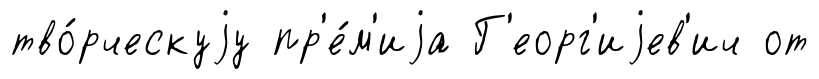
тво́рческуjу пр'е́м'иjа Г'еорг'иjев'ич от